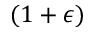
( 1 + \epsilon )